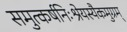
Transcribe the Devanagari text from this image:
समुत्कर्षनिःश्रेयस्यैकमुग्रम्‌